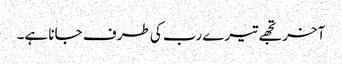
آخر تجھے تیرے رب کی طرف جانا ہے۔